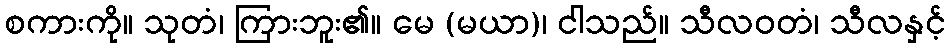
စကားကို။ သုတံ၊ ကြားဘူး၏။ မေ (မယာ)၊ ငါသည်။ သီလဝတံ၊ သီလနှင့်